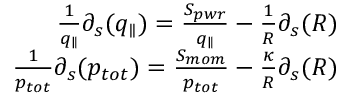
\begin{array} { r } { \frac { 1 } { q _ { \parallel } } \partial _ { s } ( q _ { \parallel } ) = \frac { S _ { p w r } } { q _ { \parallel } } - \frac { 1 } { R } \partial _ { s } ( R ) } \\ { \frac { 1 } { p _ { t o t } } \partial _ { s } ( p _ { t o t } ) = \frac { S _ { m o m } } { p _ { t o t } } - \frac { \kappa } { R } \partial _ { s } ( R ) } \end{array}